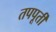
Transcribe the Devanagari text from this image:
तपपूर्ती